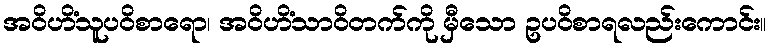
အဝိဟိံသူပဝိစာရော၊ အဝိဟိံသာဝိတက်ကို မှီသော ဥပဝိစာရလည်းကောင်း။